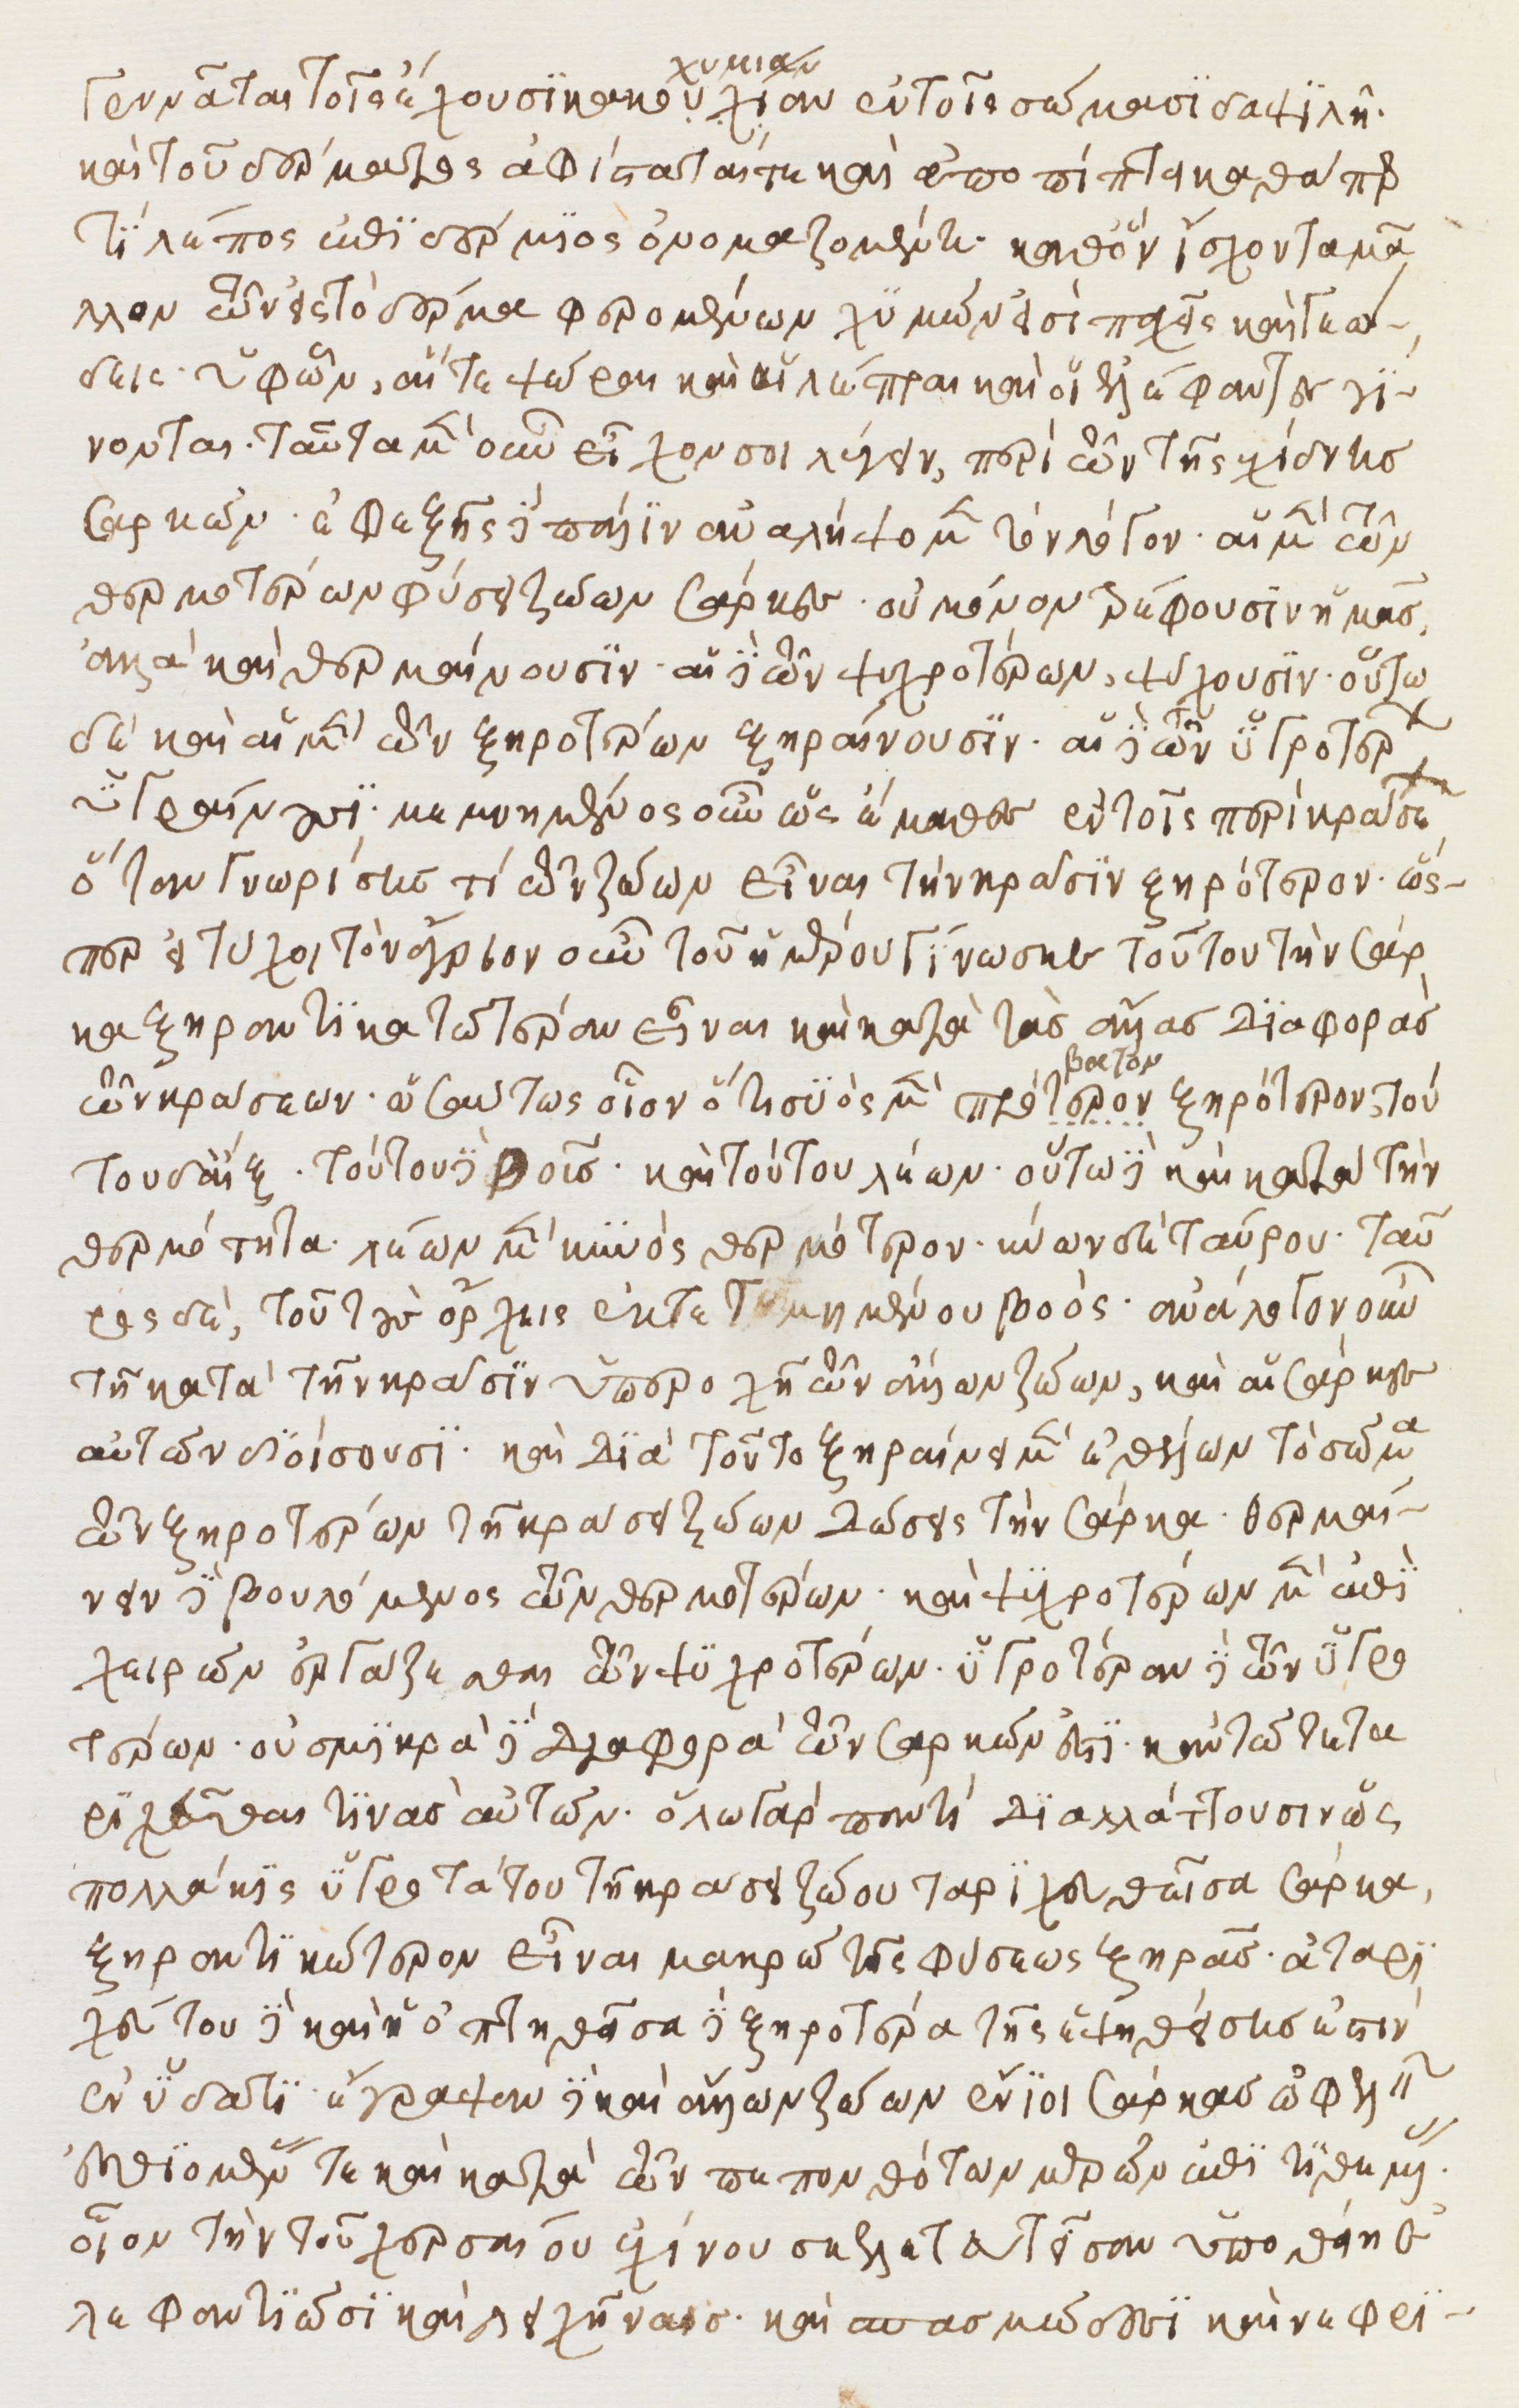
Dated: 1500–1599